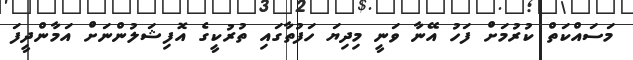
މަސައްކަތް ކުރުމަށް ފަހު އޭނާ ވަނީ މިިދިޔަ ހަފުތާގައި ތުރުކީގެ އޮފިޝަލުންނަށް އަމާންދީފަ